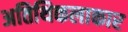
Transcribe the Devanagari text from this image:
अतिथिकलाकार